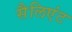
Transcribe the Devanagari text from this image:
सैलिएंट